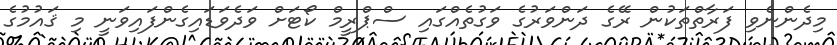
މިދެންނެވި ފަރާތްތަކުން ރޭގެ ދަންވަރުގެ ވަގުތެއްގައި ސްޕްރީމް ކޯޓަށް ވަދެވަޑައިގެންފައިވަނީ މި ޤައުމުގެ